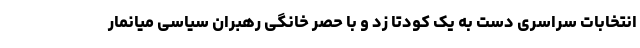
انتخابات سراسری دست به یک کودتا زد و با حصر خانگی رهبران سیاسی میانمار